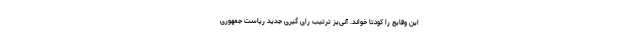
این وقایع را کودتا خواند. آنی‌یز ترتیب رای گیری جدید ریاست جمهوری